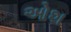
ઓશ